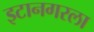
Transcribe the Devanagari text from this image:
इटानगरला